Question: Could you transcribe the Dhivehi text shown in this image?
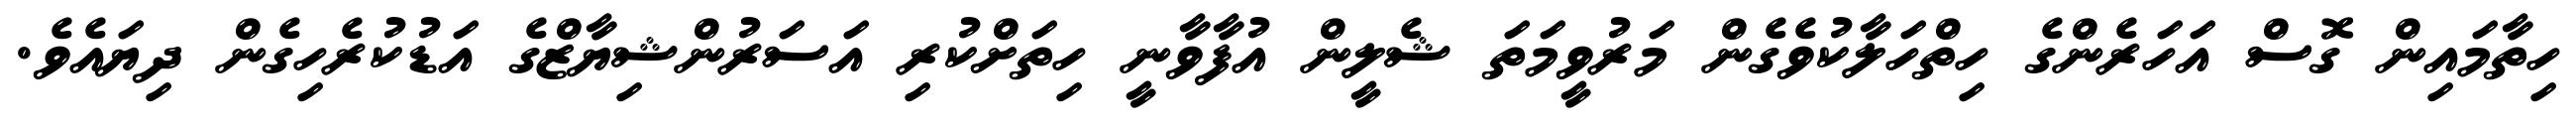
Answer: ހިތާމައިން ގޮސް އަހަރެންގެ ހިތްހަލާކުވެގެން މަރުވީމަތަ ޝެލީން އުފާވާނީ ހިތަށްކުރި އަސަރުންޝިޔާޒްގެ އަޑުކުރެހިގެން ދިޔައެވެ.